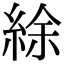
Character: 䋡